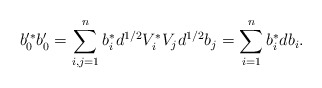
\begin{align*}b_0'^\ast b_0' = \sum_{i,j=1}^n b_i^\ast d^{1/2} V_i^\ast V_j d^{1/2} b_j = \sum_{i=1}^n b_i^\ast d b_i.\end{align*}